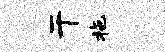
干拖